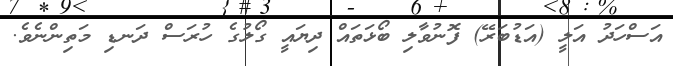
އަސްހަދު އަލީ (އަޑުބަރޭ) ފޮނުވާލި ބޯޅަތައް ދިޔައީ ގޯލުގެ ހުރަސް ދަނޑި މަތިންނެވެ.